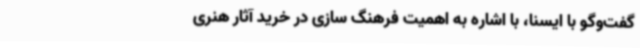
گفت‌وگو با ایسنا، با اشاره به اهمیت فرهنگ سازی در خرید آثار هنری